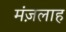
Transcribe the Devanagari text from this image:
मंज़लाह